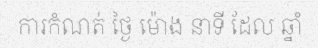
ការកំណត់ ថ្ងៃ ម៉ោង នាទី ដែល ឆ្នាំ